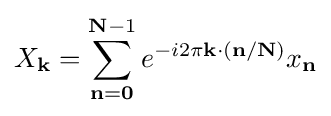
X_{\mathbf {k} }=\sum _{\mathbf {n} =\mathbf {0} }^{\mathbf {N} -1}e^{-i2\pi \mathbf {k} \cdot (\mathbf {n} /\mathbf {N} )}x_{\mathbf {n} }